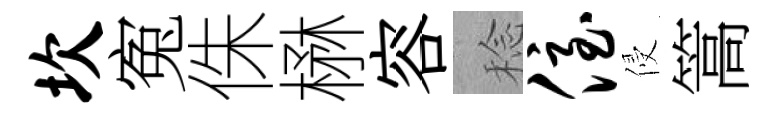
坎寃侏楙容稔侄侵篙